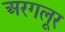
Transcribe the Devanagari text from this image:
अरगलूर